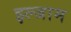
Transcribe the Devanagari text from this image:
इल्‍जाम